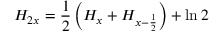
H _ { 2 x } = { \frac { 1 } { 2 } } \left( H _ { x } + H _ { x - { \frac { 1 } { 2 } } } \right) + \ln 2